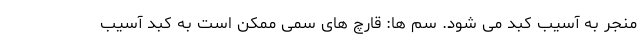
منجر به آسیب کبد می شود. سم ها: قارچ های سمی ممکن است به کبد آسیب